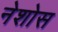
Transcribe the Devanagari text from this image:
नेशोस